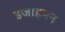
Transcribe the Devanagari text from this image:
इजाहमन